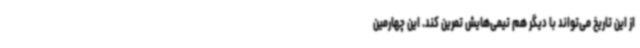
از این تاریخ می‌تواند با دیگر هم تیمی‌هایش تمرین کند. این چهارمین